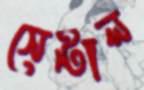
সেন্টাল